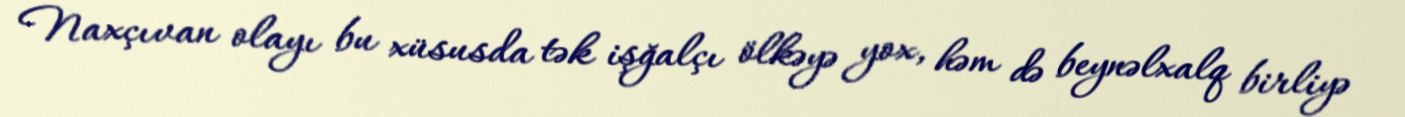
Naxçıvan olayı bu xüsusda tək işğalçı ölkəyə yox, həm də beynəlxalq birliyə